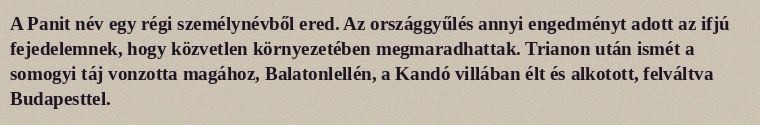
A Panit név egy régi személynévből ered. Az országgyűlés annyi engedményt adott az ifjú fejedelemnek, hogy közvetlen környezetében megmaradhattak. Trianon után ismét a somogyi táj vonzotta magához, Balatonlellén, a Kandó villában élt és alkotott, felváltva Budapesttel.